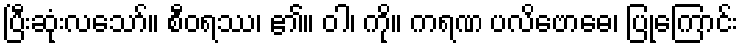
ပြီးဆုံးလသော်။ စီဝရဿ၊ ၏။ ဝါ၊ ကို။ ကရဏ ပလိဗောဓေ၊ ပြုကြောင်း